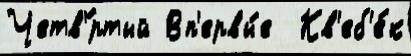
Четв'́ртый Вп'ервы́е  Кв'еб'е́к